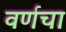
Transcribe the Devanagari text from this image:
वर्णचा